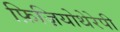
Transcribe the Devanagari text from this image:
फ़िज़ियोथेरेपी